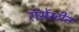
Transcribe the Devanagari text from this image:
रॉसेंस्टीन